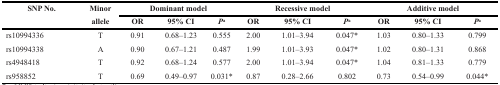
<table><thead><tr><td><b>SNP No.</b></td><td><b>Minor</b></td><td colspan="3"><b>Dominant model</b></td><td colspan="3"><b>Recessive model</b></td><td colspan="3"><b>Additive model</b></td></tr><tr><td></td><td><b>allele</b></td><td><b>OR</b></td><td><b>95% CI</b></td><td><b><i>P</i><sup>a</sup></b></td><td><b>OR</b></td><td><b>95% CI</b></td><td><b><i>P</i><sup>a</sup></b></td><td><b>OR</b></td><td><b>95% CI</b></td><td><b><i>P</i><sup>a</sup></b></td></tr></thead><tbody><tr><td>rs10994336</td><td>T</td><td>0.91</td><td>0.68–1.23</td><td>0.555</td><td>2.00</td><td>1.01–3.94</td><td>0.047*</td><td>1.03</td><td>0.80–1.33</td><td>0.799</td></tr><tr><td>rs10994338</td><td>A</td><td>0.90</td><td>0.67–1.21</td><td>0.487</td><td>1.99</td><td>1.01–3.93</td><td>0.047*</td><td>1.02</td><td>0.80–1.31</td><td>0.868</td></tr><tr><td>rs4948418</td><td>T</td><td>0.92</td><td>0.68–1.24</td><td>0.577</td><td>2.00</td><td>1.01–3.94</td><td>0.047*</td><td>1.04</td><td>0.81–1.33</td><td>0.779</td></tr><tr><td>rs958852</td><td>T</td><td>0.69</td><td>0.49–0.97</td><td>0.031*</td><td>0.87</td><td>0.28–2.66</td><td>0.802</td><td>0.73</td><td>0.54–0.99</td><td>0.044*</td></tr></tbody></table>